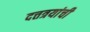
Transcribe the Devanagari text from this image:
दत्तत्रयांची